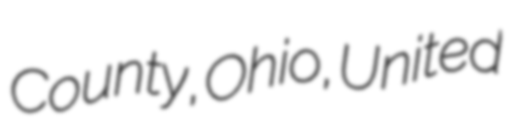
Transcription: County, Ohio, United